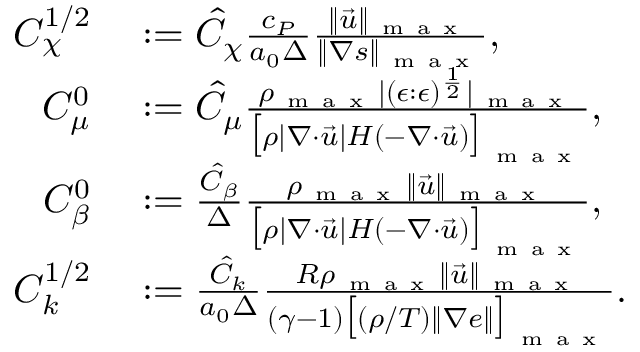
\begin{array} { r l } { { C } _ { \chi } ^ { 1 / 2 } } & { { } : = \hat { C } _ { \chi } \frac { c _ { P } } { a _ { 0 } \Delta } \frac { \| \vec { u } \| _ { \mathrm { ~ m ~ a ~ x ~ } } } { \| \nabla s \| _ { \mathrm { ~ m ~ a ~ x ~ } } } , } \\ { { C } _ { \mu } ^ { 0 } } & { { } : = \hat { C } _ { \mu } \frac { \rho _ { \mathrm { ~ m ~ a ~ x ~ } } | ( \epsilon : \epsilon ) ^ { \frac { 1 } { 2 } } | _ { \mathrm { ~ m ~ a ~ x ~ } } } { \big [ \rho | \nabla \cdot \vec { u } | H ( - \nabla \cdot \vec { u } ) \big ] _ { \mathrm { ~ m ~ a ~ x ~ } } } , } \\ { { C } _ { \beta } ^ { 0 } } & { { } : = \frac { \hat { C } _ { \beta } } { \Delta } \frac { \rho _ { \mathrm { ~ m ~ a ~ x ~ } } \| \vec { u } \| _ { \mathrm { ~ m ~ a ~ x ~ } } } { \big [ \rho | \nabla \cdot \vec { u } | H ( - \nabla \cdot \vec { u } ) \big ] _ { \mathrm { ~ m ~ a ~ x ~ } } } , } \\ { { C } _ { k } ^ { 1 / 2 } } & { { } : = \frac { \hat { C } _ { k } } { a _ { 0 } \Delta } \frac { R \rho _ { \mathrm { ~ m ~ a ~ x ~ } } \| \vec { u } \| _ { \mathrm { ~ m ~ a ~ x ~ } } } { ( \gamma - 1 ) \big [ ( \rho / T ) \| \nabla e \| \big ] _ { \mathrm { ~ m ~ a ~ x ~ } } } . } \end{array}